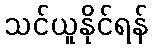
သင်ယူနိုင်ရန်